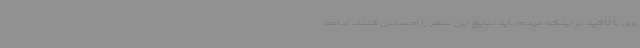
وی با تاکید بر اینکه مردم باید نتایج این سفر را احساس کنند، ادامه